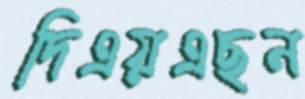
দিএয়এছন